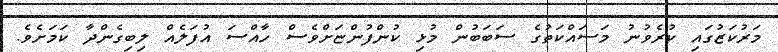
މަރުކަޒުގައި ކުރެވުނު މަސައްކަތުގެ ސަބަބުން މުޅި ކުންފުންޏަށްވެސް ހާއްސަ އުފަލެއް ލިބިގެންދާ ކަމަށެވެ.